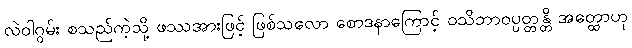
လဲဝါဂွမ်း စသည်ကဲ့သို့ ဖဿအားဖြင့် ဖြစ်သလော စောဒနာကြောင့် ဝသိဘာဝပ္ပတ္တန္တိ အတ္ထောဟု